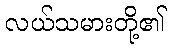
လယ်သမားတို့၏